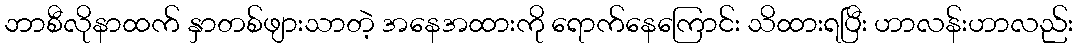
ဘာစီလိုနာထက် နှာတစ်ဖျားသာတဲ့ အနေအထားကို ရောက်နေကြောင်း သိထားရပြီး ဟာလန်းဟာလည်း